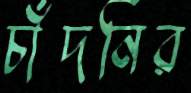
চাঁদনির